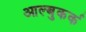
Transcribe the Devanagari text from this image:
आल्बुकर्क